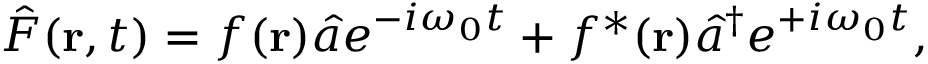
\hat { F } ( { \bf r } , t ) = f ( { \bf r } ) \hat { a } e ^ { - i \omega _ { 0 } t } + f ^ { \ast } ( { \bf r } ) \hat { a } ^ { \dagger } e ^ { + i \omega _ { 0 } t } ,